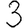
Digit: 3